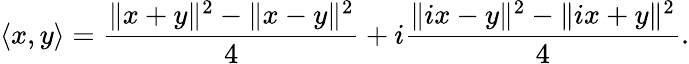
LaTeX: \langle x,y\rangle={\frac{\| x+y\| ^{2}-\| x-y\| ^{2}}{4}}+i{\frac{\| ix-y\| ^{2}-\| ix+y\| ^{2}}{4}}.